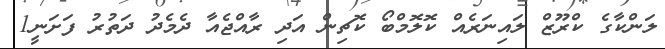
ލަންކާގެ ކްރޫޒް ލައިނަރެއް ކޮލޮމްބޯ ކޮޗިން އަދި ރާއްޖެއާ ދެމެދު ދަތުރު ފަށަނީ1